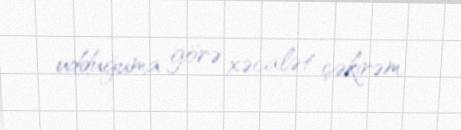
udduğuma görə xəcalət çəkirəm.